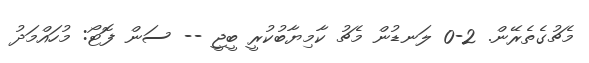
މެޗުގެތެރޭން. 2-0 ލަނޑުން މެޗު ކާމިޔާބުކުރީ ބީޖީ -- ސަން ފޮޓޯ: މުހައްމަދު